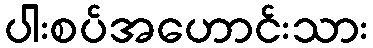
ပါးစပ်အဟောင်းသား